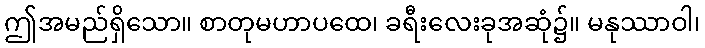
ဤအမည်ရှိသော။ စာတုမဟာပထေ၊ ခရီးလေးခုအဆုံ၌။ မနုဿာဝါ၊